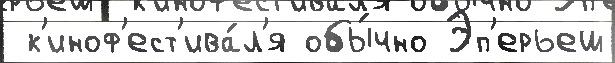
 к'иноф'ест'ива́л'я обы́чно Эп'ерьеш